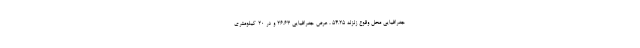
جغرافیایی محل وقوع زلزله ۵۴.۲۵ ، عرض جغرافیایی ۲۶.۶۳ و در ۲۰ کیلومتری